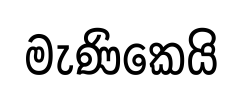
මැණිකෙයි